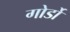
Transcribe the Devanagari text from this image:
गोर्डो